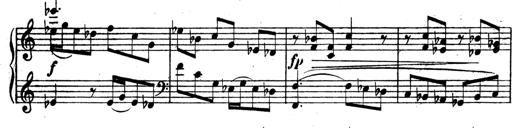
Title: 3 Sonatinas for Piano
Composer: Vissarion Shebalin